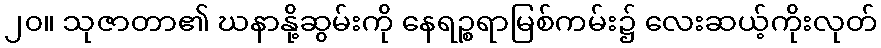
၂၀။ သုဇာတာ၏ ဃနာနို့ဆွမ်းကို နေရဉ္စရာမြစ်ကမ်း၌ လေးဆယ့်ကိုးလုတ်